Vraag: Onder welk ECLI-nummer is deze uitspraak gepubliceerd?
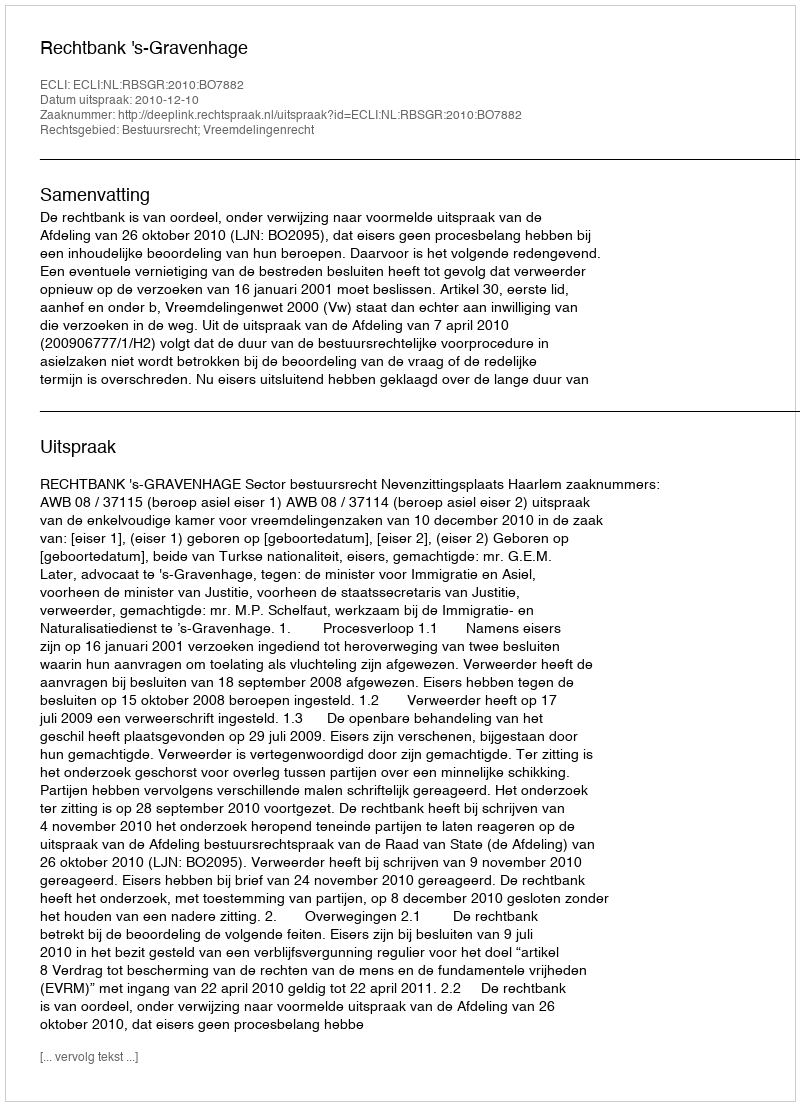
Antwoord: ECLI:NL:RBSGR:2010:BO7882